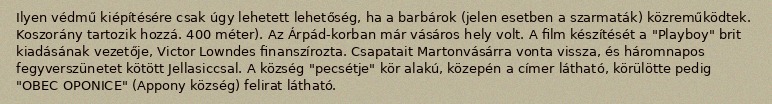
Ilyen védmű kiépítésére csak úgy lehetett lehetőség, ha a barbárok (jelen esetben a szarmaták) közreműködtek. Koszorány tartozik hozzá. 400 méter). Az Árpád-korban már vásáros hely volt. A film készítését a "Playboy" brit kiadásának vezetője, Victor Lowndes finanszírozta. Csapatait Martonvásárra vonta vissza, és háromnapos fegyverszünetet kötött Jellasiccsal. A község "pecsétje" kör alakú, közepén a címer látható, körülötte pedig "OBEC OPONICE" (Appony község) felirat látható.